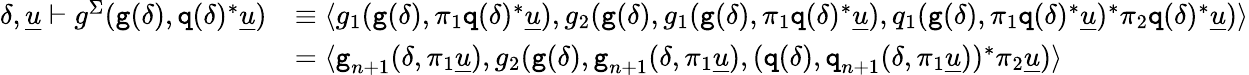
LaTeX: \begin{array}{rl}{\delta,\underline{{u}}\vdash g^{\Sigma}(\textnormal{\texttt{g}}(\delta),\textnormal{\texttt{q}}(\delta)^{*}\underline{{u}})}&{\equiv\langle g_{1}(\textnormal{\texttt{g}}(\delta),\pi_{1}\textnormal{\texttt{q}}(\delta)^{*}\underline{{u}}),g_{2}(\textnormal{\texttt{g}}(\delta),g_{1}(\textnormal{\texttt{g}}(\delta),\pi_{1}\textnormal{\texttt{q}}(\delta)^{*}\underline{{u}}),q_{1}(\textnormal{\texttt{g}}(\delta),\pi_{1}\textnormal{\texttt{q}}(\delta)^{*}\underline{{u}})^{*}\pi_{2}\textnormal{\texttt{q}}(\delta)^{*}\underline{{u}})\rangle}\\ &{=\langle\textnormal{\texttt{g}}_{n+1}(\delta,\pi_{1}\underline{{u}}),g_{2}(\textnormal{\texttt{g}}(\delta),\textnormal{\texttt{g}}_{n+1}(\delta,\pi_{1}\underline{{u}}),(\textnormal{\texttt{q}}(\delta),\textnormal{\texttt{q}}_{n+1}(\delta,\pi_{1}\underline{{u}}))^{*}\pi_{2}\underline{{u}})\rangle}\end{array}